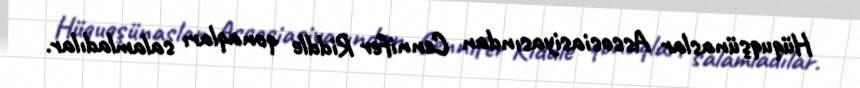
Hüquqşünaslar Assosiasiyasından Cennifer Riddle qonaqları salamladılar.